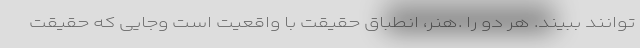
توانند ببیند. هر دو را .هنر، انطباق حقیقت با واقعیت است وجایی که حقیقت